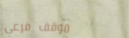
موقف فرعي